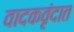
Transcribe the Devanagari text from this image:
वादकवृंदात